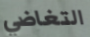
التغاضي